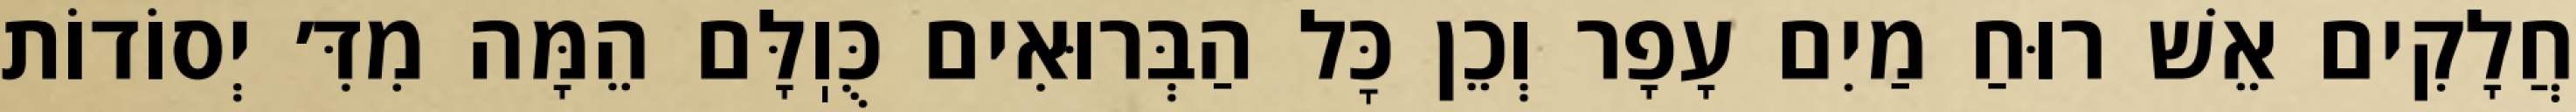
חֲלָקִים אֵשׁ רוּחַ מַיִם עָפָר וְכֵן כׇּל הַבְּרוּאִים כֻּוֽלָּם הֵמָּה מִדִּ׳ יְסוֹדוֹת